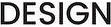
DESIGN